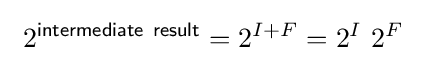
\ 2^{\mathsf {intermediate\ result}}=2^{I+F}=2^{I}\ 2^{F}\